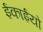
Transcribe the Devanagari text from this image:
ईकाईयो